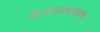
સગવડતાવાળા